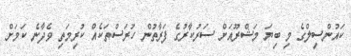
ކައުންސިލްގެ މިި ބިޔަ މަޝްރޫއަށް ސަރުކާރުގެ ފަރާތުން ހުރަސްތަކެއް ކުރިމަތި ވެދާނެ ކަމަށް